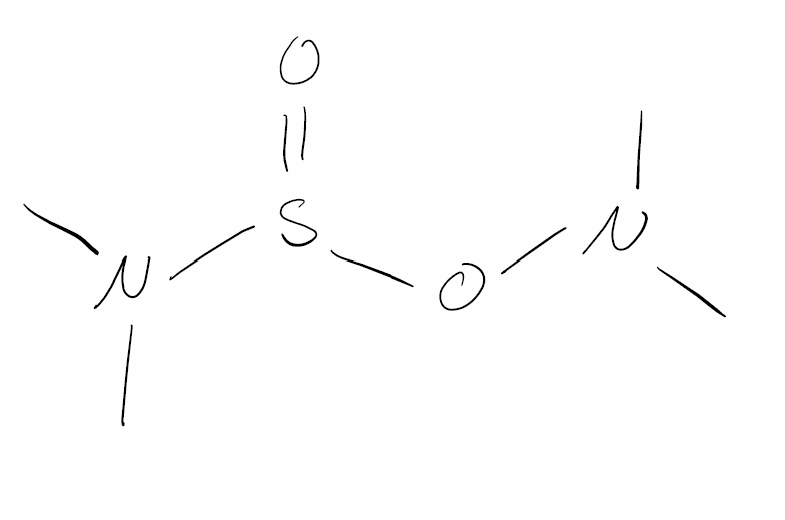
Simplified molecular-input line-entry system (SMILES) notation of the given molecule:
CN(C)OS(=O)N(C)C